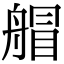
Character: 艒